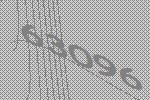
63096